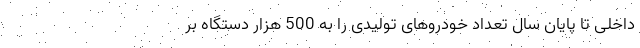
داخلی تا پایان سال تعداد خودروهای تولیدی را به 500 هزار دستگاه بر